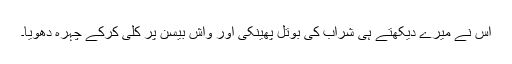
اس نے میرے دیکھتے ہی شراب کی بوتل پھینکی اور واش بیسن پر کلی کرکے چہرہ دھویا۔